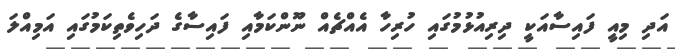
އަދި މިއީ ފައިސާއަކީ ދިރިއުޅުމުގައި ހުރިހާ އެއްޗެއް ނޫންކަމާއި ފައިސާގެ ދަހިވެތިކަމުގައި އަމިއްލަ